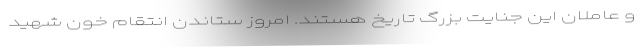
و عاملان این جنایت بزرگ تاریخ هستند. امروز ستاندن انتقام خون شهید